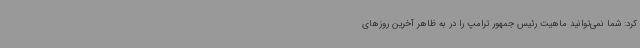
کرد: شما نمی‌توانید ماهیت رئیس جمهور ترامپ را در به ظاهر آخرین روزهای